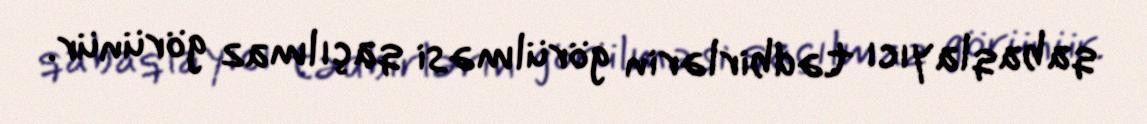
qabaqlayıcı tədbirlərin görülməsi qaçılmaz görünür.